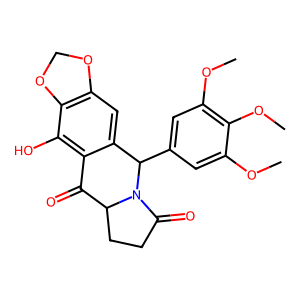
SMILES: COc1cc(C2c3cc4c(c(O)c3C(=O)C3CCC(=O)N32)OCO4)cc(OC)c1OC
Inhibits HIV replication: No